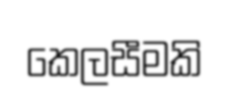
කෙලසීමකි